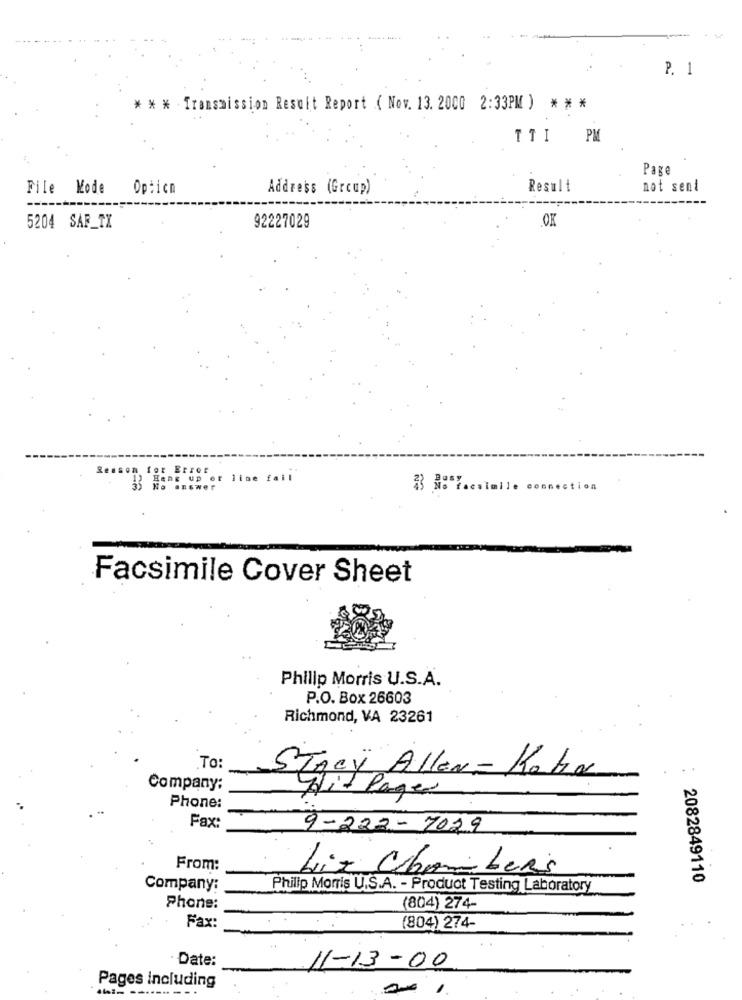
P. 1
* * * Transmission Result Report ( Nov. 13. 2000 2:33PM ) * * *
TTI PM
Page
File Kode
Opticn
Address (Group)
Result
not sent
OK
5204 SAF_TX
92227029
for Error
33 Hang up or line fail
No answer
23 No"i.csimile connection
Facsimile Cover Sheet
Philip Morris U.S.A.
P.O. Box 26603
Richmond, VA 23261
To:
STACY Allen- Koka
Company:
Hit Pager
Phone:
Fax:
9-222-7029
From:
Liz Chambers
2082849110
Company:
Philip Morris U.S.A. - Product Testing Laboratory
Phone:
(804) 274-
Fax:
(804) 274-
Date:
11-13-00
Pages Including